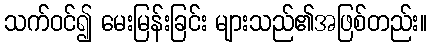
သက်ဝင်၍ မေးမြန်းခြင်း များသည်၏အဖြစ်တည်း။